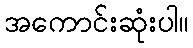
အကောင်းဆုံးပါ။